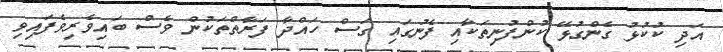
އަދި ކުކުޅު ގެންގުޅޭ ކުންފުނިތަކާއި ފެނުގައި ގަސް ހައްދާ ފަރާތްތަކުން ވެސް ބައިވެރިވެފައިވި